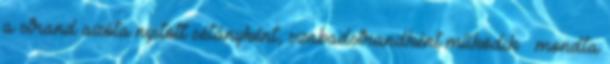
a strand azóta nyitott sétányként, szabadstrandként működik – mondta